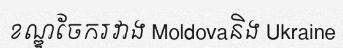
ខណ្ឌចែករវាង Moldovaនិង Ukraine